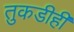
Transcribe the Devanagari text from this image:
तुकडीही